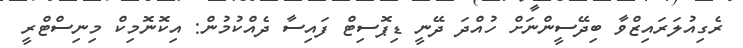
ރެގިއުލަރައިޒްވާ ބިދޭސީންނަށް ހުއްދަ ދޭނީ ޑިޕޮސިޓް ފައިސާ ދެއްކުމުން: އިކޮނޮމިކް މިނިސްޓްރީ